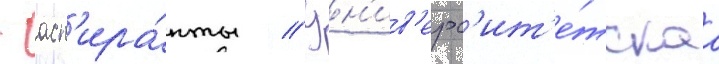
- асп'ира́нты // Ун'ив'ерс'ит'е́тскаа